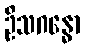
ဦသဂန္ဓော